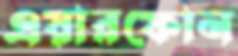
এয়ারফোন